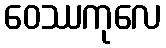
ဝေဿကုလေ